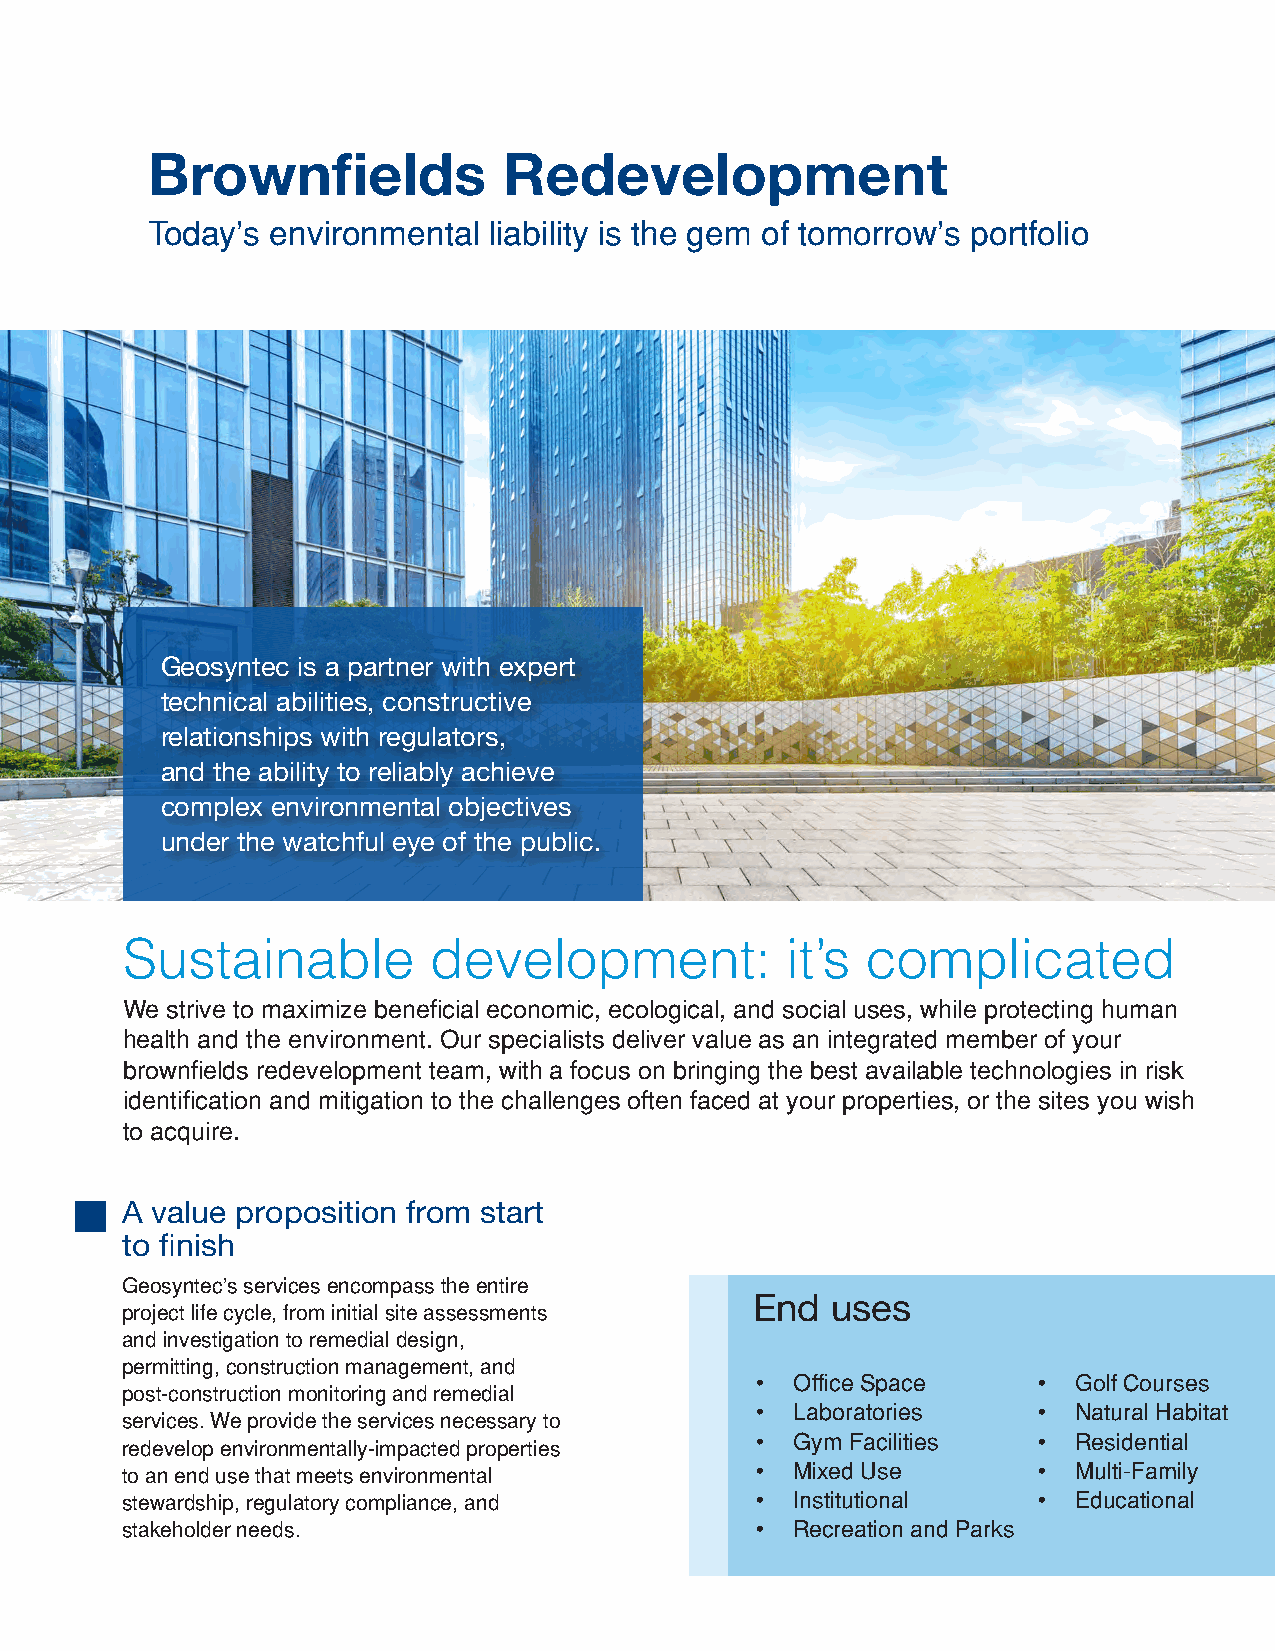
Brownfields            Redevelopment
 Today’s environmental liability is the gem of tomorrow’s portfolio
 Geosyntec is a partner with expert
 technical abilities, constructive
 relationships with regulators,
 and the ability to reliably achieve
 complex environmental objectives
 under the watchful eye of the public.
 Sustainable         development:            it’s complicated
 We strive to maximize beneficial economic, ecological, and social uses, while protecting human
 health and the environment. Our specialists deliver value as an integrated member of your
 brownfields redevelopment team, with a focus on bringing the best available technologies in risk
 identification and mitigation to the challenges often faced at your properties, or the sites you wish
 to acquire.
 A value proposition from start
 to finish
 Geosyntec’s services encompass the entire
 End  uses
 project life cycle, from initial site assessments
 and investigation to remedial design,
 permitting, construction management, and
 •  Office Space    • Golf Courses
 post-construction monitoring and remedial
 •  Laboratories    • Natural Habitat
 services. We provide the services necessary to
 •  Gym Facilities  • Residential
 redevelop environmentally-impacted properties
 to an end use that meets environmental    •  Mixed Use       • Multi-Family
 stewardship, regulatory compliance, and   •  Institutional   • Educational
 stakeholder needs.                        •  Recreation and Parks